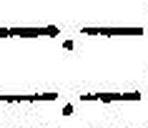
—.—